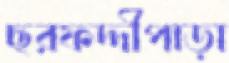
ছরফদ্দীপাড়া